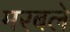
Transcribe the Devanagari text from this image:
मरबले